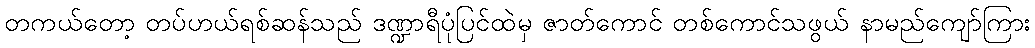
တကယ်တော့ တပ်ဟယ်ရစ်ဆန်သည် ဒဏ္ဍာရီပုံပြင်ထဲမှ ဇာတ်ကောင် တစ်ကောင်သဖွယ် နာမည်ကျော်ကြား